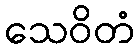
သေဝိတံ